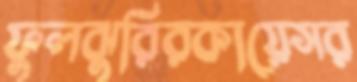
ফুলঝুরিরকায়েসর